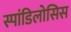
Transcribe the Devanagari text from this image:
स्पांडिलोसिस